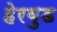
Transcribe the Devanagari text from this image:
हेरवुड